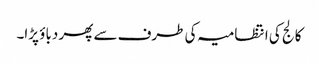
کالج کی انتظامیہ کی طرف سے پھر دباؤ پڑا۔